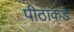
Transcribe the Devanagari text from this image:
पीठाकडे